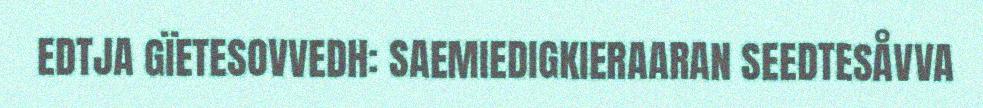
EDTJA GÏETESOVVEDH: SAEMIEDIGKIERAARAN SEEDTESÅVVA